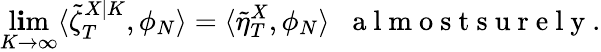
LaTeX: \operatorname*{l\mathbf{i}m}_{K\to\infty}\langle\tilde{{\zeta}}_{T}^{X|K},\phi_{N}\rangle=\langle\tilde{{\eta}}_{T}^{X},\phi_{N}\rangle\; \; \mathrm{{~a~l~m~o~s~t~s~u~r~e~l~y~}}.